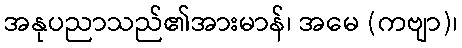
အနုပညာသည်၏အားမာန်၊ အမေ (ကဗျာ)၊